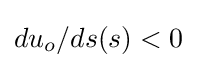
du_{o}/ds(s)<0